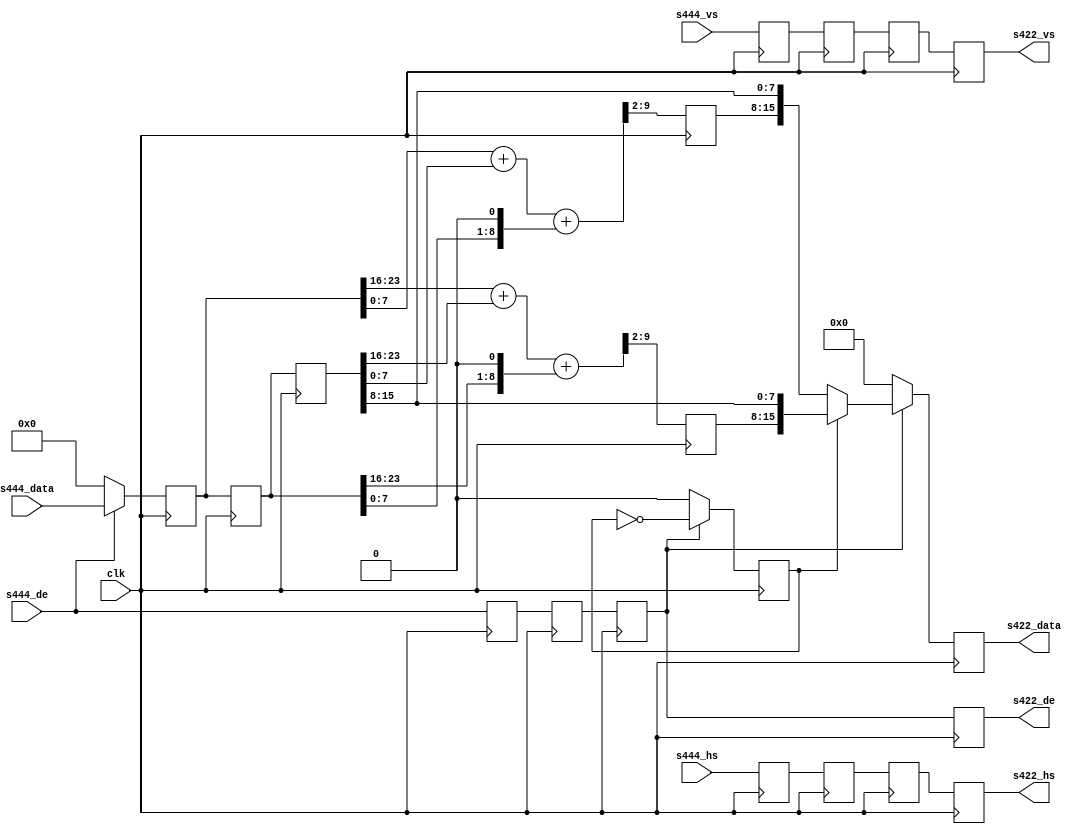
module cf_ss_444to422 (

  clk,
  s444_vs,
  s444_hs,
  s444_de,
  s444_data,

  s422_vs,
  s422_hs,
  s422_de,
  s422_data);

  input           clk;
  input           s444_vs;
  input           s444_hs;
  input           s444_de;
  input   [23:0]  s444_data;

  output          s422_vs;
  output          s422_hs;
  output          s422_de;
  output  [15:0]  s422_data;

  reg             s444_vs_d = 'd0;
  reg             s444_hs_d = 'd0;
  reg             s444_de_d = 'd0;
  reg     [23:0]  s444_data_d = 'd0;
  reg             s444_vs_2d = 'd0;
  reg             s444_hs_2d = 'd0;
  reg             s444_de_2d = 'd0;
  reg     [23:0]  s444_data_2d = 'd0;
  reg             s444_vs_3d = 'd0;
  reg             s444_hs_3d = 'd0;
  reg             s444_de_3d = 'd0;
  reg     [23:0]  s444_data_3d = 'd0;
  reg     [ 7:0]  Cr = 'd0;
  reg     [ 7:0]  Cb = 'd0;
  reg             Cr_Cb_sel = 'd0;
  reg             s422_vs = 'd0;
  reg             s422_hs = 'd0;
  reg             s422_de = 'd0;
  reg     [15:0]  s422_data = 'd0;

  wire    [23:0]  s444_data_s;
  wire    [ 9:0]  Cr_s;
  wire    [ 9:0]  Cb_s;

  assign s444_data_s = (s444_de == 1'b1) ? s444_data : 24'd0;

  always @(posedge clk) begin
    s444_vs_d <= s444_vs;
    s444_hs_d <= s444_hs;
    s444_de_d <= s444_de;
    s444_data_d <= s444_data_s;
    s444_vs_2d <= s444_vs_d;
    s444_hs_2d <= s444_hs_d;
    s444_de_2d <= s444_de_d;
    s444_data_2d <= s444_data_d;
    s444_vs_3d <= s444_vs_2d;
    s444_hs_3d <= s444_hs_2d;
    s444_de_3d <= s444_de_2d;
    s444_data_3d <= s444_data_2d;
  end

  assign Cr_s = {2'd0, s444_data_d[23:16]} + {2'd0, s444_data_3d[23:16]} +
    {1'd0, s444_data_2d[23:16], 1'd0};

  assign Cb_s = {2'd0, s444_data_d[7:0]} + {2'd0, s444_data_3d[7:0]} +
    {1'd0, s444_data_2d[7:0], 1'd0};

  always @(posedge clk) begin
    Cr <= Cr_s[9:2];
    Cb <= Cb_s[9:2];
    if (s444_de_3d == 1'b1) begin
      Cr_Cb_sel <= ~Cr_Cb_sel;
    end else begin
      Cr_Cb_sel <= 'd0;
    end
  end

  always @(posedge clk) begin
    s422_vs <= s444_vs_3d;
    s422_hs <= s444_hs_3d;
    s422_de <= s444_de_3d;
    if (s444_de_3d == 1'b0) begin
      s422_data <= 'd0;
    end else if (Cr_Cb_sel == 1'b1) begin
      s422_data <= {Cr, s444_data_3d[15:8]};
    end else begin
      s422_data <= {Cb, s444_data_3d[15:8]};
    end
  end

endmodule